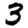
Digit: 3